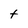
Character: t